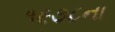
૧૯૭૮ના